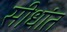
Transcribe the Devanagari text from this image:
सीधांत